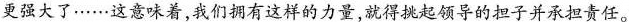
强大了……这意味着，我们拥有这样的力量，就得挑起领导的担子并承担责任。”